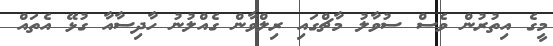
މީގެ އިތުރުން ވެސް ސުވާލު މާޗްގައި ރިލްވާން ގެއްލުނު ހާދިސާއާ ގުޅޭ އެތައް